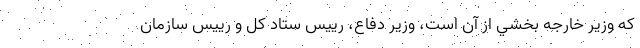
كه وزير خارجه بخشي از آن است، وزير دفاع، رييس ستاد كل و رييس سازمان